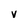
Character: v